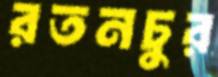
রতনচুর